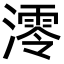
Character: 澪